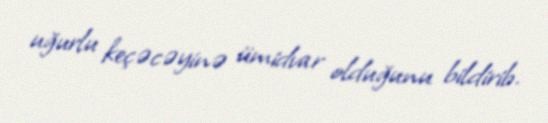
uğurlu keçəcəyinə ümidvar olduğunu bildirib.